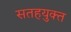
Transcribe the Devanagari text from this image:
सतहयुक्त